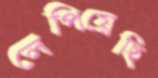
লেপিয়েছি